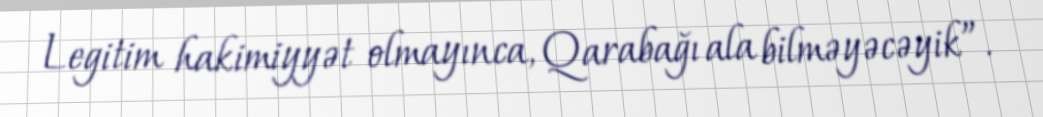
Legitim hakimiyyət olmayınca, Qarabağı ala bilməyəcəyik”.